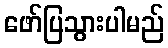
ဖော်ပြသွားပါမည်